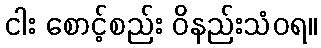
ငါး စောင့်စည်း ဝိနည်းသံဝရ။